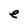
Character: e